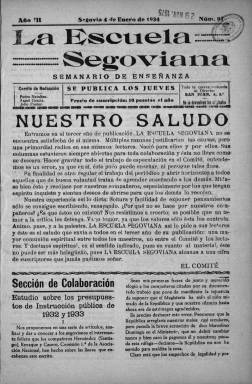
Título: La Escuela segoviana
Colección: Educación
Ámbito geográfico: Segovia
Lugar de publicación: Segovia
Fechas: 04/01/1934-16/07/1936